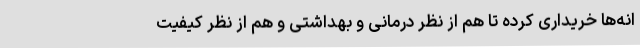
انه‌ها خریداری کرده تا هم از نظر درمانی و بهداشتی و هم از نظر کیفیت